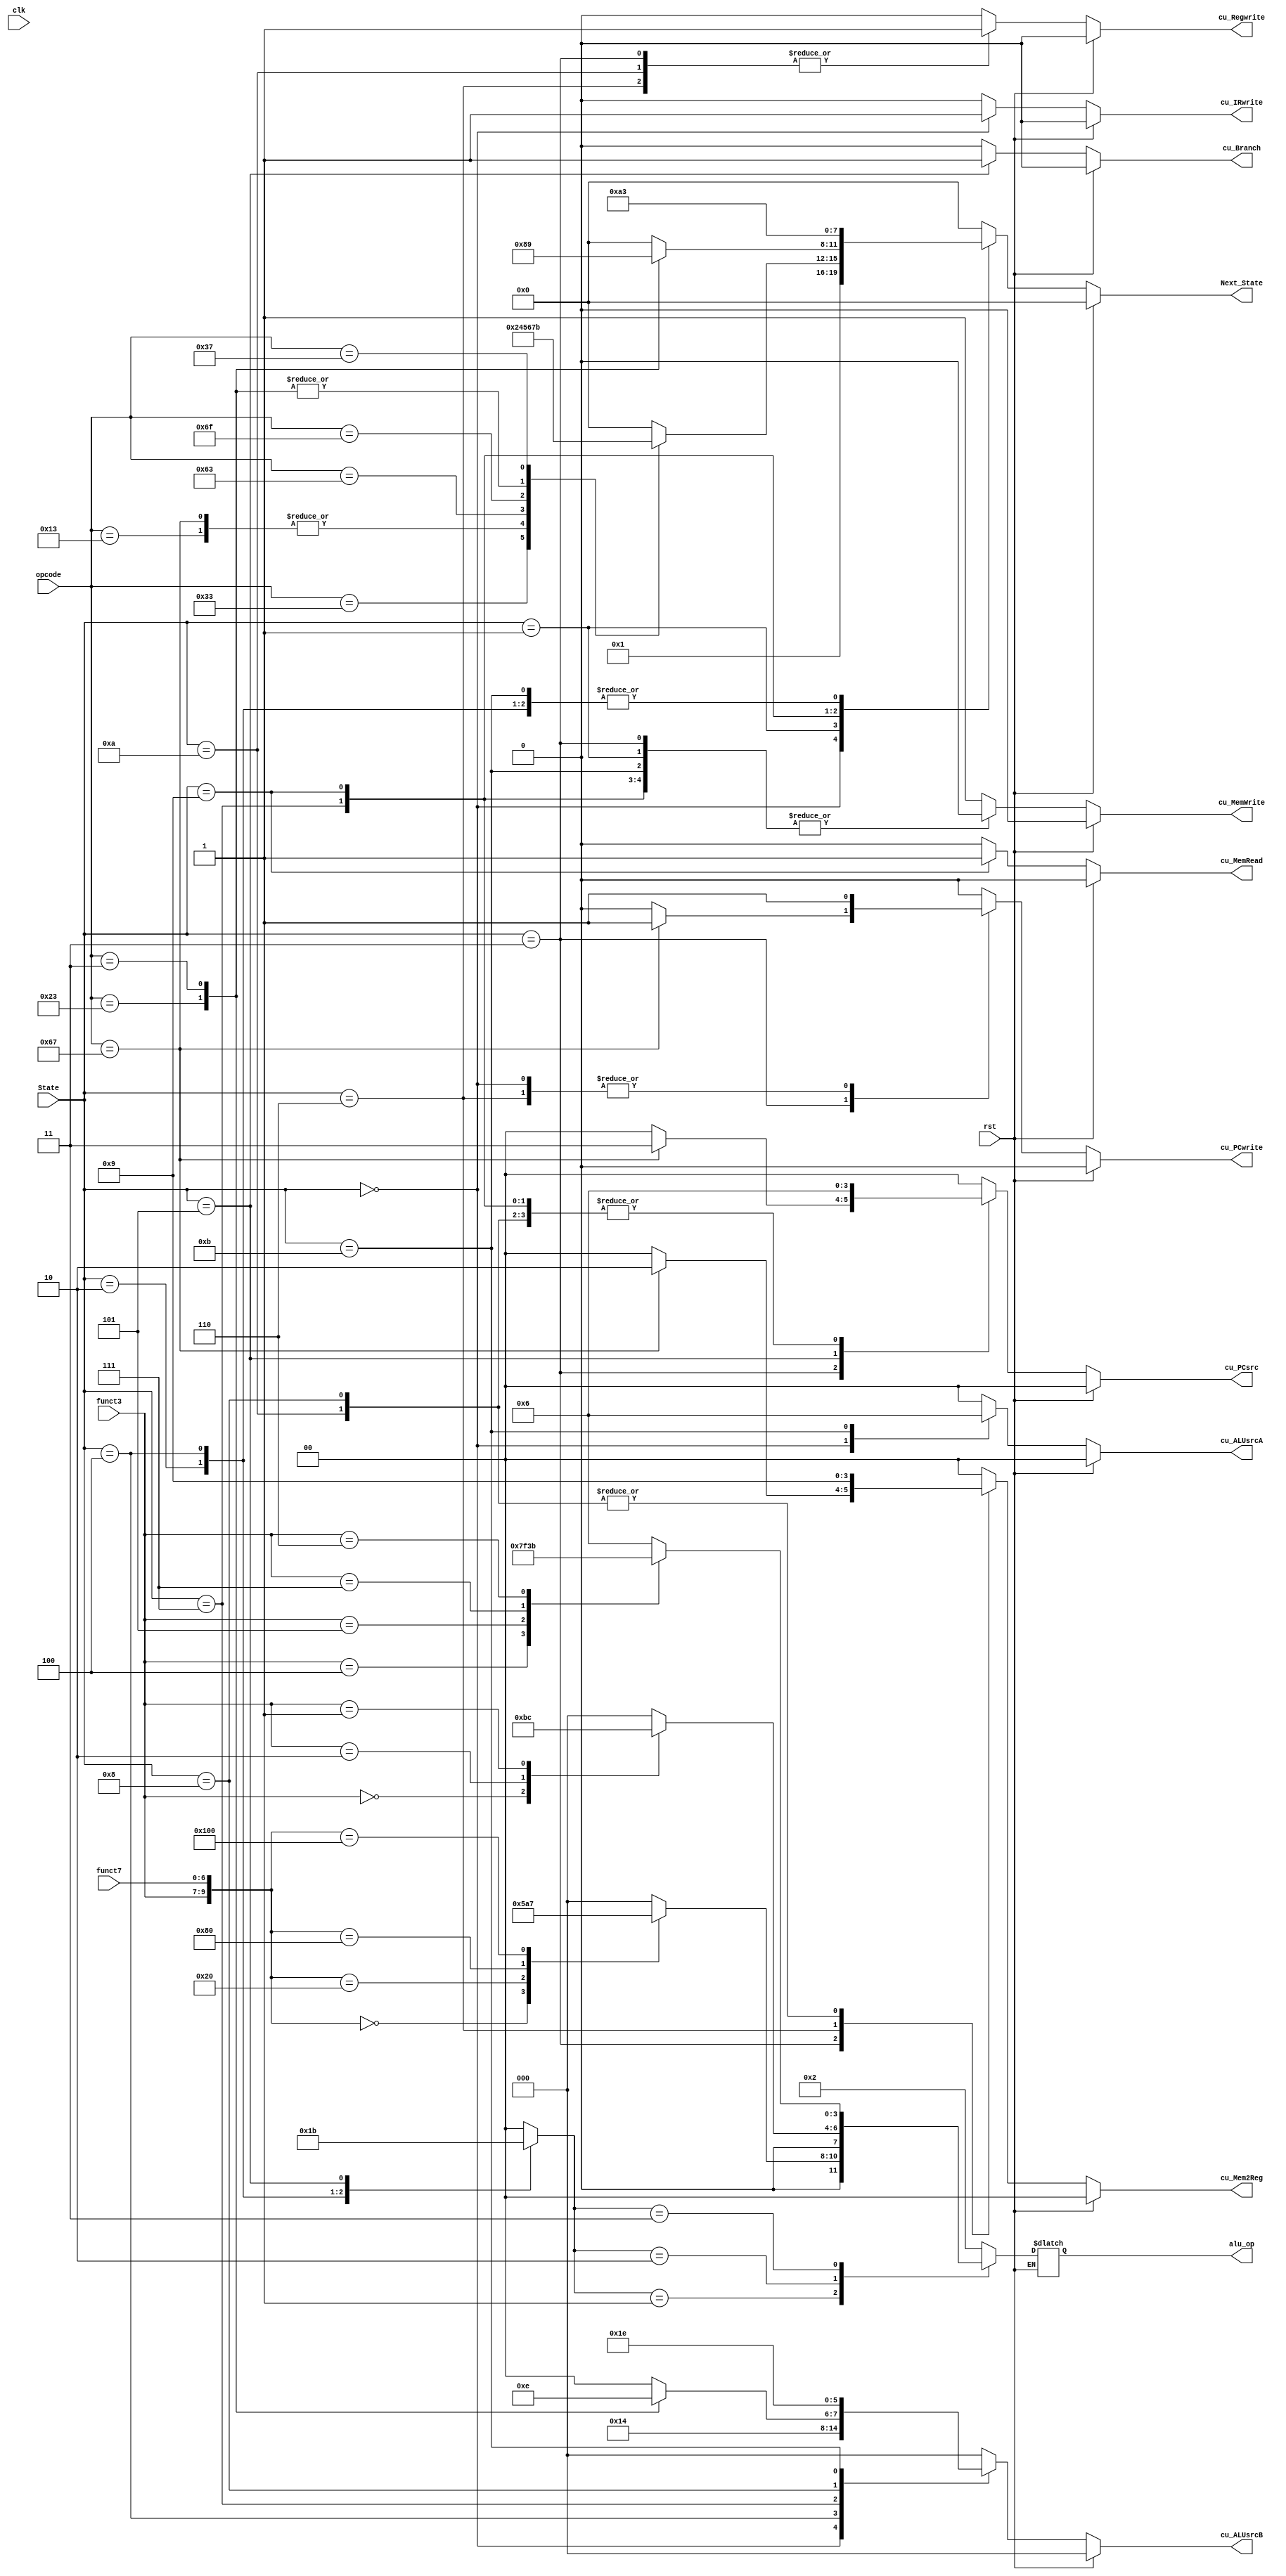
module cu(
	input clk,
	input rst,
	input [2:0] funct3,
	input [6:0] funct7,
	input [6:0] opcode,
	input [3:0] State,

	// output signals
	output reg cu_IRwrite,
	output reg cu_Regwrite,
	output reg cu_MemWrite,
	output reg cu_MemRead,
	output reg [1:0] cu_Mem2Reg,
	output reg cu_PCwrite,
	output reg [1:0] cu_PCsrc,
	output reg [1:0] cu_ALUsrcA,
	output reg [2:0] cu_ALUsrcB,
	output reg [3:0] alu_op,
	output reg cu_Branch,

	output reg [3:0] Next_State
	);

	reg [1:0] cu_ALUop;

	// S-type
	parameter SW_op = 		7'b0100011;

	// I-type
	parameter JALR_op = 	7'b1100111;
	parameter LW_op = 		7'b0000011;
	parameter Itype_op = 	7'b0010011;

	// R-type
	parameter Rtype_op = 	7'b0110011;

	// J-type & B-type
	parameter JAL_op = 		7'b1101111;
	parameter Btype_op = 	7'b1100011;

	// U-type
	parameter LUI_op = 		7'b0110111;
	parameter AUIPC_op = 	7'b0010111;



	always @( * ) begin
		if (rst) begin
			cu_IRwrite = 1'b0;
			cu_Regwrite = 1'b0; cu_Mem2Reg = 2'b00;
			cu_MemWrite = 1'b0;	cu_MemRead = 1'b0;
			cu_PCwrite = 1'b0;	cu_PCsrc = 2'b00;  cu_Branch = 1'b0;
			cu_ALUsrcA = 2'b00;	cu_ALUsrcB = 3'b000; cu_ALUop = 2'b00;
			// Next State
			Next_State = 4'd0;
			end
		else begin
			case (State)
			// Instruction Fetch
				4'd0: begin
					cu_IRwrite = 1'b1;
					cu_Regwrite = 1'b0; cu_Mem2Reg = 2'b00;
					cu_MemWrite = 1'b0;	cu_MemRead = 1'b0;
					cu_PCwrite = 1'b1;	cu_PCsrc = 2'b00;  cu_Branch = 1'b0;
					cu_ALUsrcA = 2'b01;	cu_ALUsrcB = 3'b001; cu_ALUop = 2'b00;
					// Next State
					Next_State = 4'd1;
				end

			// Instruction Decode
				4'd1: begin
					cu_IRwrite = 1'b0;
					cu_Regwrite = 1'b0; cu_Mem2Reg = 2'b00;
					cu_MemWrite = 1'b0;	cu_MemRead = 1'b0;
					cu_PCwrite = 1'b0;	cu_PCsrc = 2'b00;  cu_Branch = 1'b0;
					cu_ALUsrcA = 2'b00;	cu_ALUsrcB = 3'b000; cu_ALUop = 2'b00;
					// Next State
					case(opcode)
						Rtype_op: Next_State = 4'd2;
						Itype_op: Next_State = 4'd4;
						JALR_op:  Next_State = 4'd4;
						Btype_op: Next_State = 4'd5;
						JAL_op:	  Next_State = 4'd6;
						SW_op: 	  Next_State = 4'd7;
						LW_op:	  Next_State = 4'd7;
						LUI_op:	  Next_State = 4'd11;
						default: Next_State = 4'd0;
					endcase
				end

			// Rtype Execution
				4'd2: begin
					cu_IRwrite = 1'b0;
					cu_Regwrite = 1'b0; cu_Mem2Reg = 2'b00;
					cu_MemWrite = 1'b0;	cu_MemRead = 1'b0;
					cu_PCwrite = 1'b0;	cu_PCsrc = 2'b00;  cu_Branch = 1'b0;
					cu_ALUsrcA = 2'b00;	cu_ALUsrcB = 3'b000; cu_ALUop = 2'b01;
					// Next State Rtype
					Next_State = 4'd3;
				end

			// Rtype Itype Utype Store
				4'd3: begin
					cu_IRwrite = 1'b0;
					cu_Regwrite = 1'b1;
					cu_MemWrite = 1'b0;	cu_MemRead = 1'b0;
					cu_Branch = 1'b0;
					cu_ALUsrcA = 2'b00;	cu_ALUsrcB = 3'b000; cu_ALUop = 2'b00;
					// Next State
					Next_State = 0;

					if (opcode==JALR_op) begin
						cu_PCwrite = 1;
						cu_PCsrc = 2'b11;
						cu_Mem2Reg = 2'b10;
					end
					else begin
						cu_PCwrite = 0;
						cu_PCsrc = 0;
						cu_Mem2Reg = 2'b00;
					end
				end

			// Itype Execution
				4'd4: begin
					cu_IRwrite = 1'b0;
					cu_Regwrite = 1'b0; cu_Mem2Reg = 2'b00;
					cu_MemWrite = 1'b0;	cu_MemRead = 1'b0;
					cu_PCwrite = 1'b0;	cu_PCsrc = 2'b00;  cu_Branch = 1'b0;
					cu_ALUsrcA = 2'b00;	cu_ALUsrcB = 3'b010; cu_ALUop = 2'b10;
					// Next State
					Next_State = 3;
				end


			// Btype
				4'd5: begin
					cu_IRwrite = 1'b0;
					cu_Regwrite = 1'b0; cu_Mem2Reg = 2'b00;
					cu_MemWrite = 1'b0;	cu_MemRead = 1'b0;
					cu_PCwrite = 1'b0;	cu_PCsrc = 2'b01;  cu_Branch = 1'b1;
					cu_ALUsrcA = 2'b00;	cu_ALUsrcB = 3'b000; cu_ALUop = 2'b11;
					// Next State
					Next_State = 0;
				end

			// Jump and link
				4'd6: begin
					cu_IRwrite = 1'b0;
					cu_Regwrite = 1'b1; cu_Mem2Reg = 2'b10;
					cu_MemWrite = 1'b0;	cu_MemRead = 1'b0;
					cu_PCwrite = 1'b1;	cu_PCsrc = 2'b10;  cu_Branch = 1'b0;
					cu_ALUsrcA = 2'b00;	cu_ALUsrcB = 3'b000; cu_ALUop = 2'b00;
					// Next State
					Next_State = 0;
				end


			// SW & LW
				4'd7: begin
					cu_IRwrite = 1'b0;
					cu_Regwrite = 1'b0; cu_Mem2Reg = 2'b00;
					cu_MemWrite = 1'b0;	cu_MemRead = 1'b0;
					cu_PCwrite = 1'b0;	cu_PCsrc = 2'b10;  cu_Branch = 1'b0;
					cu_ALUsrcA = 2'b00;	/*cu_ALUsrcB*/ cu_ALUop = 2'b00;
					// Next State
					case(opcode)
						SW_op: begin
							Next_State = 4'd8;
							cu_ALUsrcB = 3'b011;
						end
						LW_op: begin
							Next_State = 4'd9;
							cu_ALUsrcB = 3'b010;
						end
						default: begin
							Next_State = 4'd0;
							cu_ALUsrcB = 3'b000;
						end
					endcase
				end

			// SW
				4'd8: begin
					cu_IRwrite = 1'b0;
					cu_Regwrite = 1'b0; cu_Mem2Reg = 2'b01;
					cu_MemWrite = 1'b1;	cu_MemRead = 1'b0;
					cu_PCwrite = 1'b0;	cu_PCsrc = 2'b10;  cu_Branch = 1'b0;
					cu_ALUsrcA = 2'b00;	cu_ALUsrcB = 3'b011; cu_ALUop = 2'b00;
					// Next State
					Next_State = 0;
				end

			// LW
				4'd9: begin
					cu_IRwrite = 1'b0;
					cu_Regwrite = 1'b0; cu_Mem2Reg = 2'b00;
					cu_MemWrite = 1'b0;	cu_MemRead = 1'b1;
					cu_PCwrite = 1'b0;	cu_PCsrc = 2'b10;  cu_Branch = 1'b0;
					cu_ALUsrcA = 2'b00;	cu_ALUsrcB = 3'b000; cu_ALUop = 2'b00;
					// Next State
					Next_State = 4'd10;
				end


			// LW
				4'd10: begin
					cu_IRwrite = 1'b0;
					cu_Regwrite = 1'b1; cu_Mem2Reg = 2'b01;
					cu_MemWrite = 1'b0;	cu_MemRead = 1'b0;
					cu_PCwrite = 1'b0;	cu_PCsrc = 2'b10;  cu_Branch = 1'b0;
					cu_ALUsrcA = 2'b00;	cu_ALUsrcB = 3'b000; cu_ALUop = 2'b00;
					// Next State
					Next_State = 4'd0;
				end


			// Utype Execution  LUI
				4'd11: begin
					cu_IRwrite = 1'b0;
					cu_Regwrite = 1'b0; cu_Mem2Reg = 2'b00;
					cu_MemWrite = 1'b0;	cu_MemRead = 1'b0;
					cu_PCwrite = 1'b0;	cu_PCsrc = 2'b00;  cu_Branch = 1'b0;
					cu_ALUsrcA = 2'b10;	cu_ALUsrcB = 3'b110; cu_ALUop = 2'b00;
					// Next State
					Next_State = 4'd3;
				end


				default: begin
					cu_IRwrite = 1'b0;
					cu_Regwrite = 1'b0; cu_Mem2Reg = 2'b00;
					cu_MemWrite = 1'b1;	cu_MemRead = 1'b0;
					cu_PCwrite = 1'b0;	cu_PCsrc = 2'b00;  cu_Branch = 1'b0;
					cu_ALUsrcA = 2'b00;	cu_ALUsrcB = 2'b00; cu_ALUop = 2'b00;
					// Next State
					Next_State = 4'd0;
				end

			endcase


			case(cu_ALUop)
				2'b00: alu_op = 4'b0010;

				// R-type
				2'b01: case({funct3, funct7})
					//ADD
					{3'b000, 7'b0000000}: alu_op = 4'b0010;
					//SUB
					{3'b000, 7'b0100000}: alu_op = 4'b0110;
					//SLL
					{3'b001, 7'b0000000}: alu_op = 4'b0100;
					//SLT
					{3'b010, 7'b0000000}: alu_op = 4'b0111;
					//AND
					{3'b111, 7'b0000000}: alu_op = 4'b0000;
					//default
					default: 			  alu_op = 4'b0000;
				endcase

				// I-type
				2'b10: case(funct3)
					// ADDI
					3'b000: alu_op = 4'b0010;
					// SLTI
					3'b010: alu_op = 4'b0111;
					// SLLI
					3'b001: alu_op = 4'b0100;
					// default
					default: alu_op = 4'b0000;
				endcase

				// B-type
				2'b11: case(funct3)
					// BEQ
					3'b000: alu_op = 4'b0110;
					// BNE
					3'b001: alu_op = 4'b0110;
					// BLT BGT
					3'b100: alu_op = 4'b0111;
					// BGE BLE
					3'b101: alu_op = 4'b1111;
					// BGEU BLEU
					3'b111: alu_op = 4'b0011;
					// BLTU
					3'b110: alu_op = 4'b1011;
					// default
					default: alu_op = 4'b0110;

				endcase

				default: alu_op = 4'b0000;
			endcase
		end

	end


endmodule